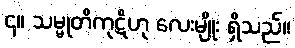
၄။ သမ္မုတိကုဋိဟု လေးမျိုး ရှိသည်။